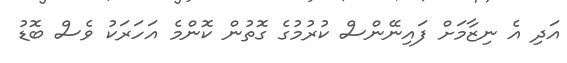
އަދި އެ ނިޒާމަށް ފައިނޭންސް ކުރުމުގެ ގޮތުން ކޮންމެ އަހަރަކު ވެސް ބޮޑު